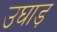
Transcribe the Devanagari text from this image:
उघाड़